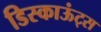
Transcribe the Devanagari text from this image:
डिस्काऊंट्स